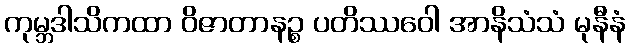
ကုမ္ဘဒါသိကထာ ဝိဇာတာနဉ္စ ပတိဿဝေါ အာနိသံသံ မုနီနံ